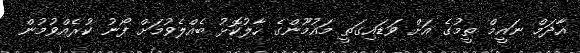
އާދަމް ނައީމް ތީމުގެ އަށް ވަޑައިގަތީ މައުމޫންގެ ހާލުކޮޅު ބެއްލެވުމަށް ފޯނު ކުރެއްވުމުން